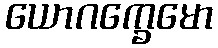
ယောဂက္ခေမော